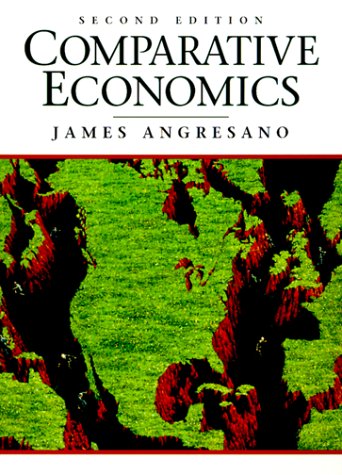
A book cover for Comparative Economics (2nd Edition); James Angresano; Business & Money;